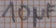
Text: 10µF